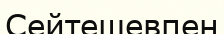
Сейтешевпен